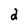
Character: 2